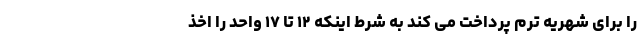
را برای شهریه ترم پرداخت می کند به شرط اینکه ۱۲ تا ۱۷ واحد را اخذ